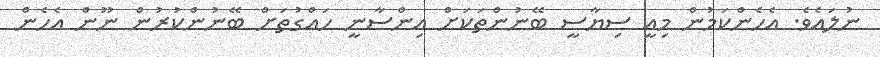
ނުލައެވެ. އެހެންކަމުން މިއީ ސިޔާސީ ބޭނުންތަކަށް އިންސާނީ ހައްގުތަށް ބޭނުންކުރުން ނޫން އެހެން